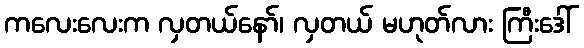
ကလေးလေးက လှတယ်နော်၊ လှတယ် မဟုတ်လား ကြီးဒေါ်